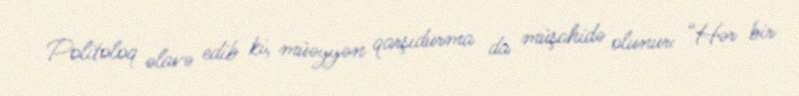
Politoloq əlavə edib ki, müəyyən qarşıdurma da müşahidə olunur: “Hər bir